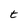
Character: t